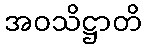
အဝသိဋ္ဌာတိ